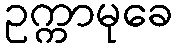
ဥက္ကာမုခေ